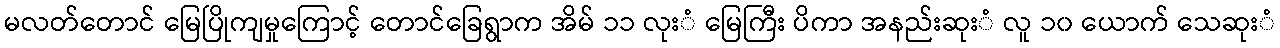
မလတ်တောင် မြေပြိုကျမှုကြောင့် တောင်ခြေရွာက အိမ် ၁၁ လုးံ မြေကြီး ပိကာ အနည်းဆုးံ လူ ၁၀ ယောက် သေဆုးံ